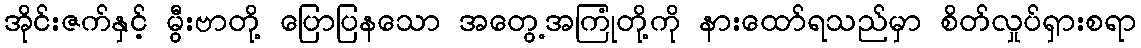
အိုင်းဇက်နှင့် မွီးဗာတို့ ပြောပြနသော အတွေ့အကြုံတို့ကို နားထော်ရသည်မှာ စိတ်လှုပ်ရှားစရာ